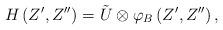
LaTeX: \begin{align*}H\left(Z',Z''\right)=\tilde{U}\otimes \varphi_{B}\left(Z' ,Z''\right), \end{align*}